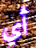
أي